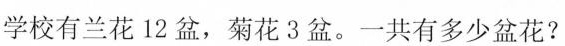
学校有兰花12盆，菊花3盆。一共有多少盆花?